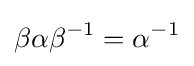
\beta \alpha \beta ^{-1}=\alpha ^{-1}